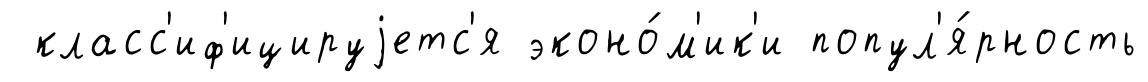
класс'иф'ицируjетс'я эконо́м'ик'и попул'я́рность